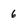
Character: 6